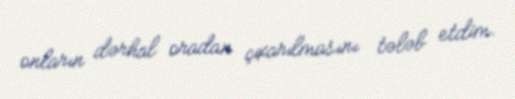
onların dərhal oradan çıxarılmasını tələb etdim.